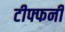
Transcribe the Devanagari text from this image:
टीफ्फनी